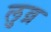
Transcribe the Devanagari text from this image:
लुव्र